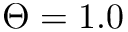
\Theta = 1 . 0